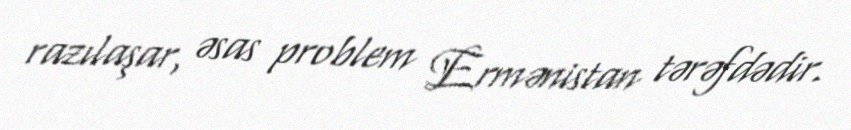
razılaşar, əsas problem Ermənistan tərəfdədir.